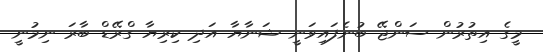
މީގެ އިތުރުން ސަންޖޭ ބުނެފައިވަނީ ޝަނާޔާ އަދި ކިރިޔާ ގްރޭޑް ބާރަ ނިމުނީ